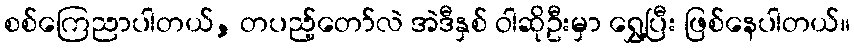
စစ်ကြေညာပါတယ်, တပည့်တော်လဲ အဲဒီနှစ် ဝါဆိုဦးမှာ ရွှေ့ပြီး ဖြစ်နေပါတယ်။